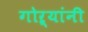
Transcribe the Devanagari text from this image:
गोऱ्यांनी